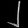
Digit: ၂